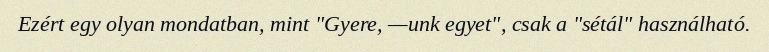
Ezért egy olyan mondatban, mint "Gyere, —unk egyet", csak a "sétál" használható.